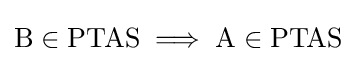
{\text{B}}\in {\text{PTAS}}\implies {\text{A}}\in {\text{PTAS}}